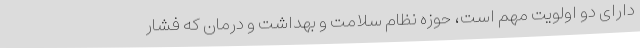
دارای دو اولویت مهم است، حوزه نظام سلامت و بهداشت و درمان که فشار